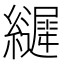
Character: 𮉙